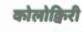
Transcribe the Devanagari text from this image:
कोलोक्विरी